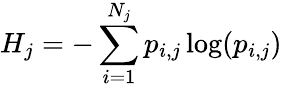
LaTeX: H_{j}=-\sum_{i=1}^{N_{j}}p_{i,j}\log(p_{i,j})